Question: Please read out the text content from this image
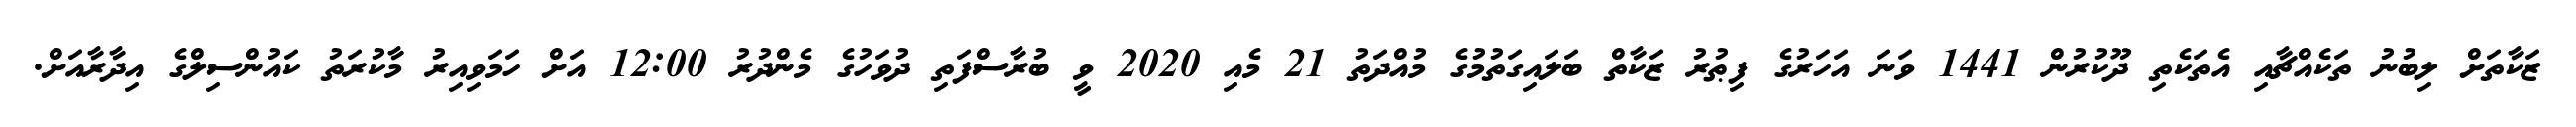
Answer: ޒަކާތަށް ލިބުނު ތަކެއްޗާއި އެތަކެތި ދޫކުރުން 1441 ވަނަ އަހަރުގެ ފިޠުރު ޒަކާތް ބަލައިގަތުމުގެ މުއްދަތު 21 މެއި 2020 ވީ ބުރާސްފަތި ދުވަހުގެ މެންދުރު 12:00 އަށް ހަމަވިއިރު މާކުރަތު ކައުންސިލްގެ އިދާރާއަށް.